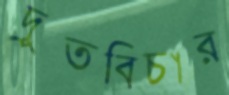
দ্রুতবিচার